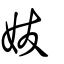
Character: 妭